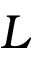
L